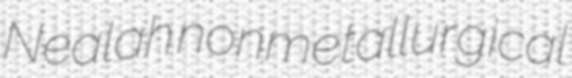
Nealah nonmetallurgical